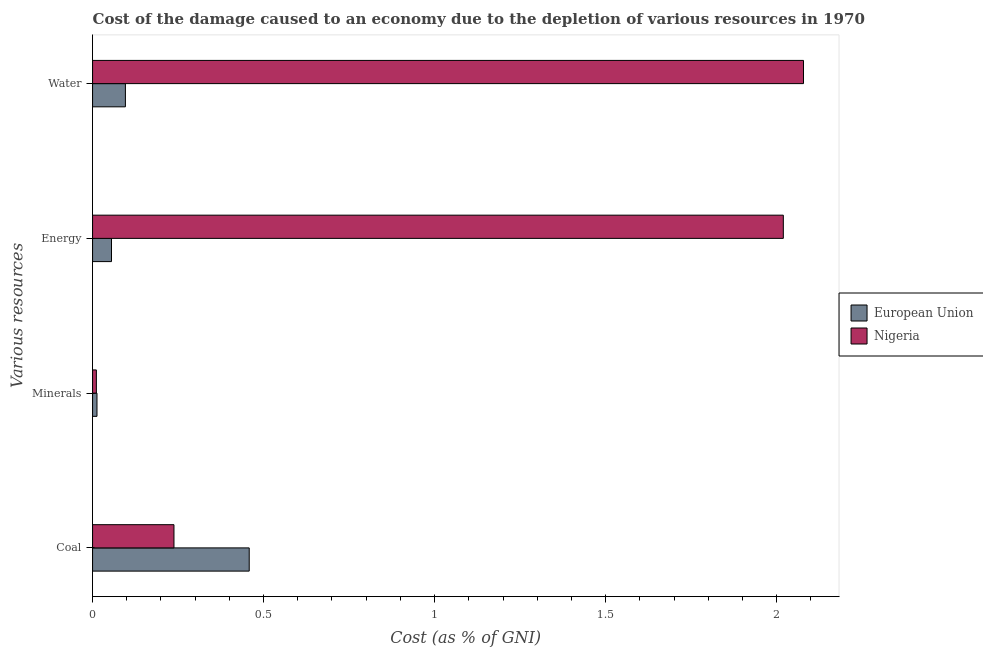
| Various resources | European Union | Nigeria |
 | --- | --- | --- |
 | Coal | 0.458 | 0.238 |
 | Minerals | 0.0129 | 0.0111 |
 | Energy | 0.0554 | 2.02 |
 | Water | 0.096 | 2.08 |